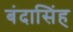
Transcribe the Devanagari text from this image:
बंदासिंह